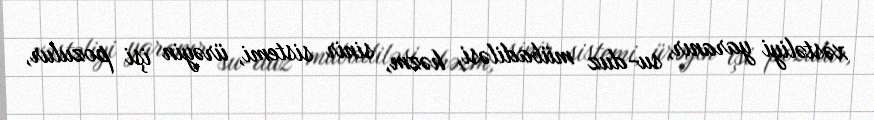
xəstəliyi yaranır, su-duz mübadiləsi, həzm, sinir sistemi, ürəyin işi pozulur,